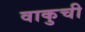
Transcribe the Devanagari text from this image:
वाकुची